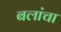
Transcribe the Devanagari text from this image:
बलांचा